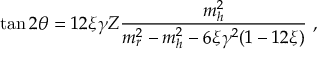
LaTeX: \tan 2 \theta = 1 2 \xi \gamma Z \frac { m _ { h } ^ { 2 } } { m _ { r } ^ { 2 } - m _ { h } ^ { 2 } - 6 \xi \gamma ^ { 2 } ( 1 - 1 2 \xi ) } \mathrm { ~ , ~ }